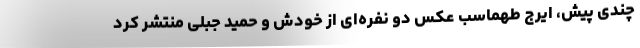
چندی پیش، ایرج طهماسب عکس دو نفره‌ای از خودش و حمید جبلی منتشر کرد